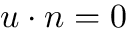
u \cdot n = 0